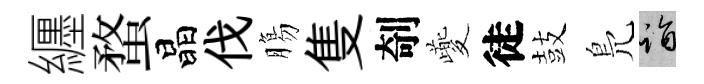
纒蝥晶伐膓隻剞夔徒鼓鳬诣